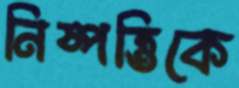
নিষ্পত্তিকে